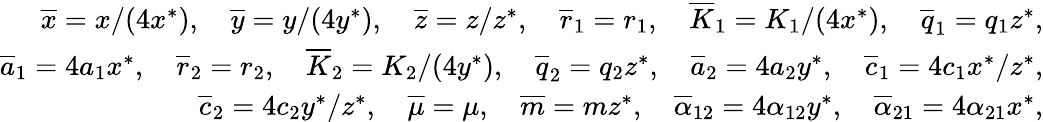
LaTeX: \begin{array}{r}{\overline{x}=x/(4x^{*}),\quad\overline{y}=y/(4y^{*}),\quad\overline{z}=z/z^{*},\quad\overline{r}_{1}=r_{1},\quad\overline{K}_{1}=K_{1}/(4x^{*}),\quad\overline{q}_{1}=q_{1}z^{*},}\\ {\overline{a}_{1}=4a_{1}x^{*},\quad\overline{r}_{2}=r_{2},\quad\overline{K}_{2}=K_{2}/(4y^{*}),\quad\overline{q}_{2}=q_{2}z^{*},\quad\overline{a}_{2}=4a_{2}y^{*},\quad\overline{c}_{1}=4c_{1}x^{*}/z^{*},}\\ {\overline{c}_{2}=4c_{2}y^{*}/z^{*},\quad\overline{\mu}=\mu,\quad\overline{m}=mz^{*},\quad\overline{\alpha}_{12}=4\alpha_{12}y^{*},\quad\overline{\alpha}_{21}=4\alpha_{21}x^{*},}\end{array}